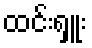
ထင်းရှူး